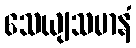
သေယျသမာနံ